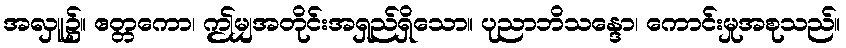
အလှူ၌။ ဧတ္တကော၊ ဤမျှအတိုင်းအရှည်ရှိသော။ ပုညာဘိသန္ဒော၊ ကောင်းမှုအစုသည်။